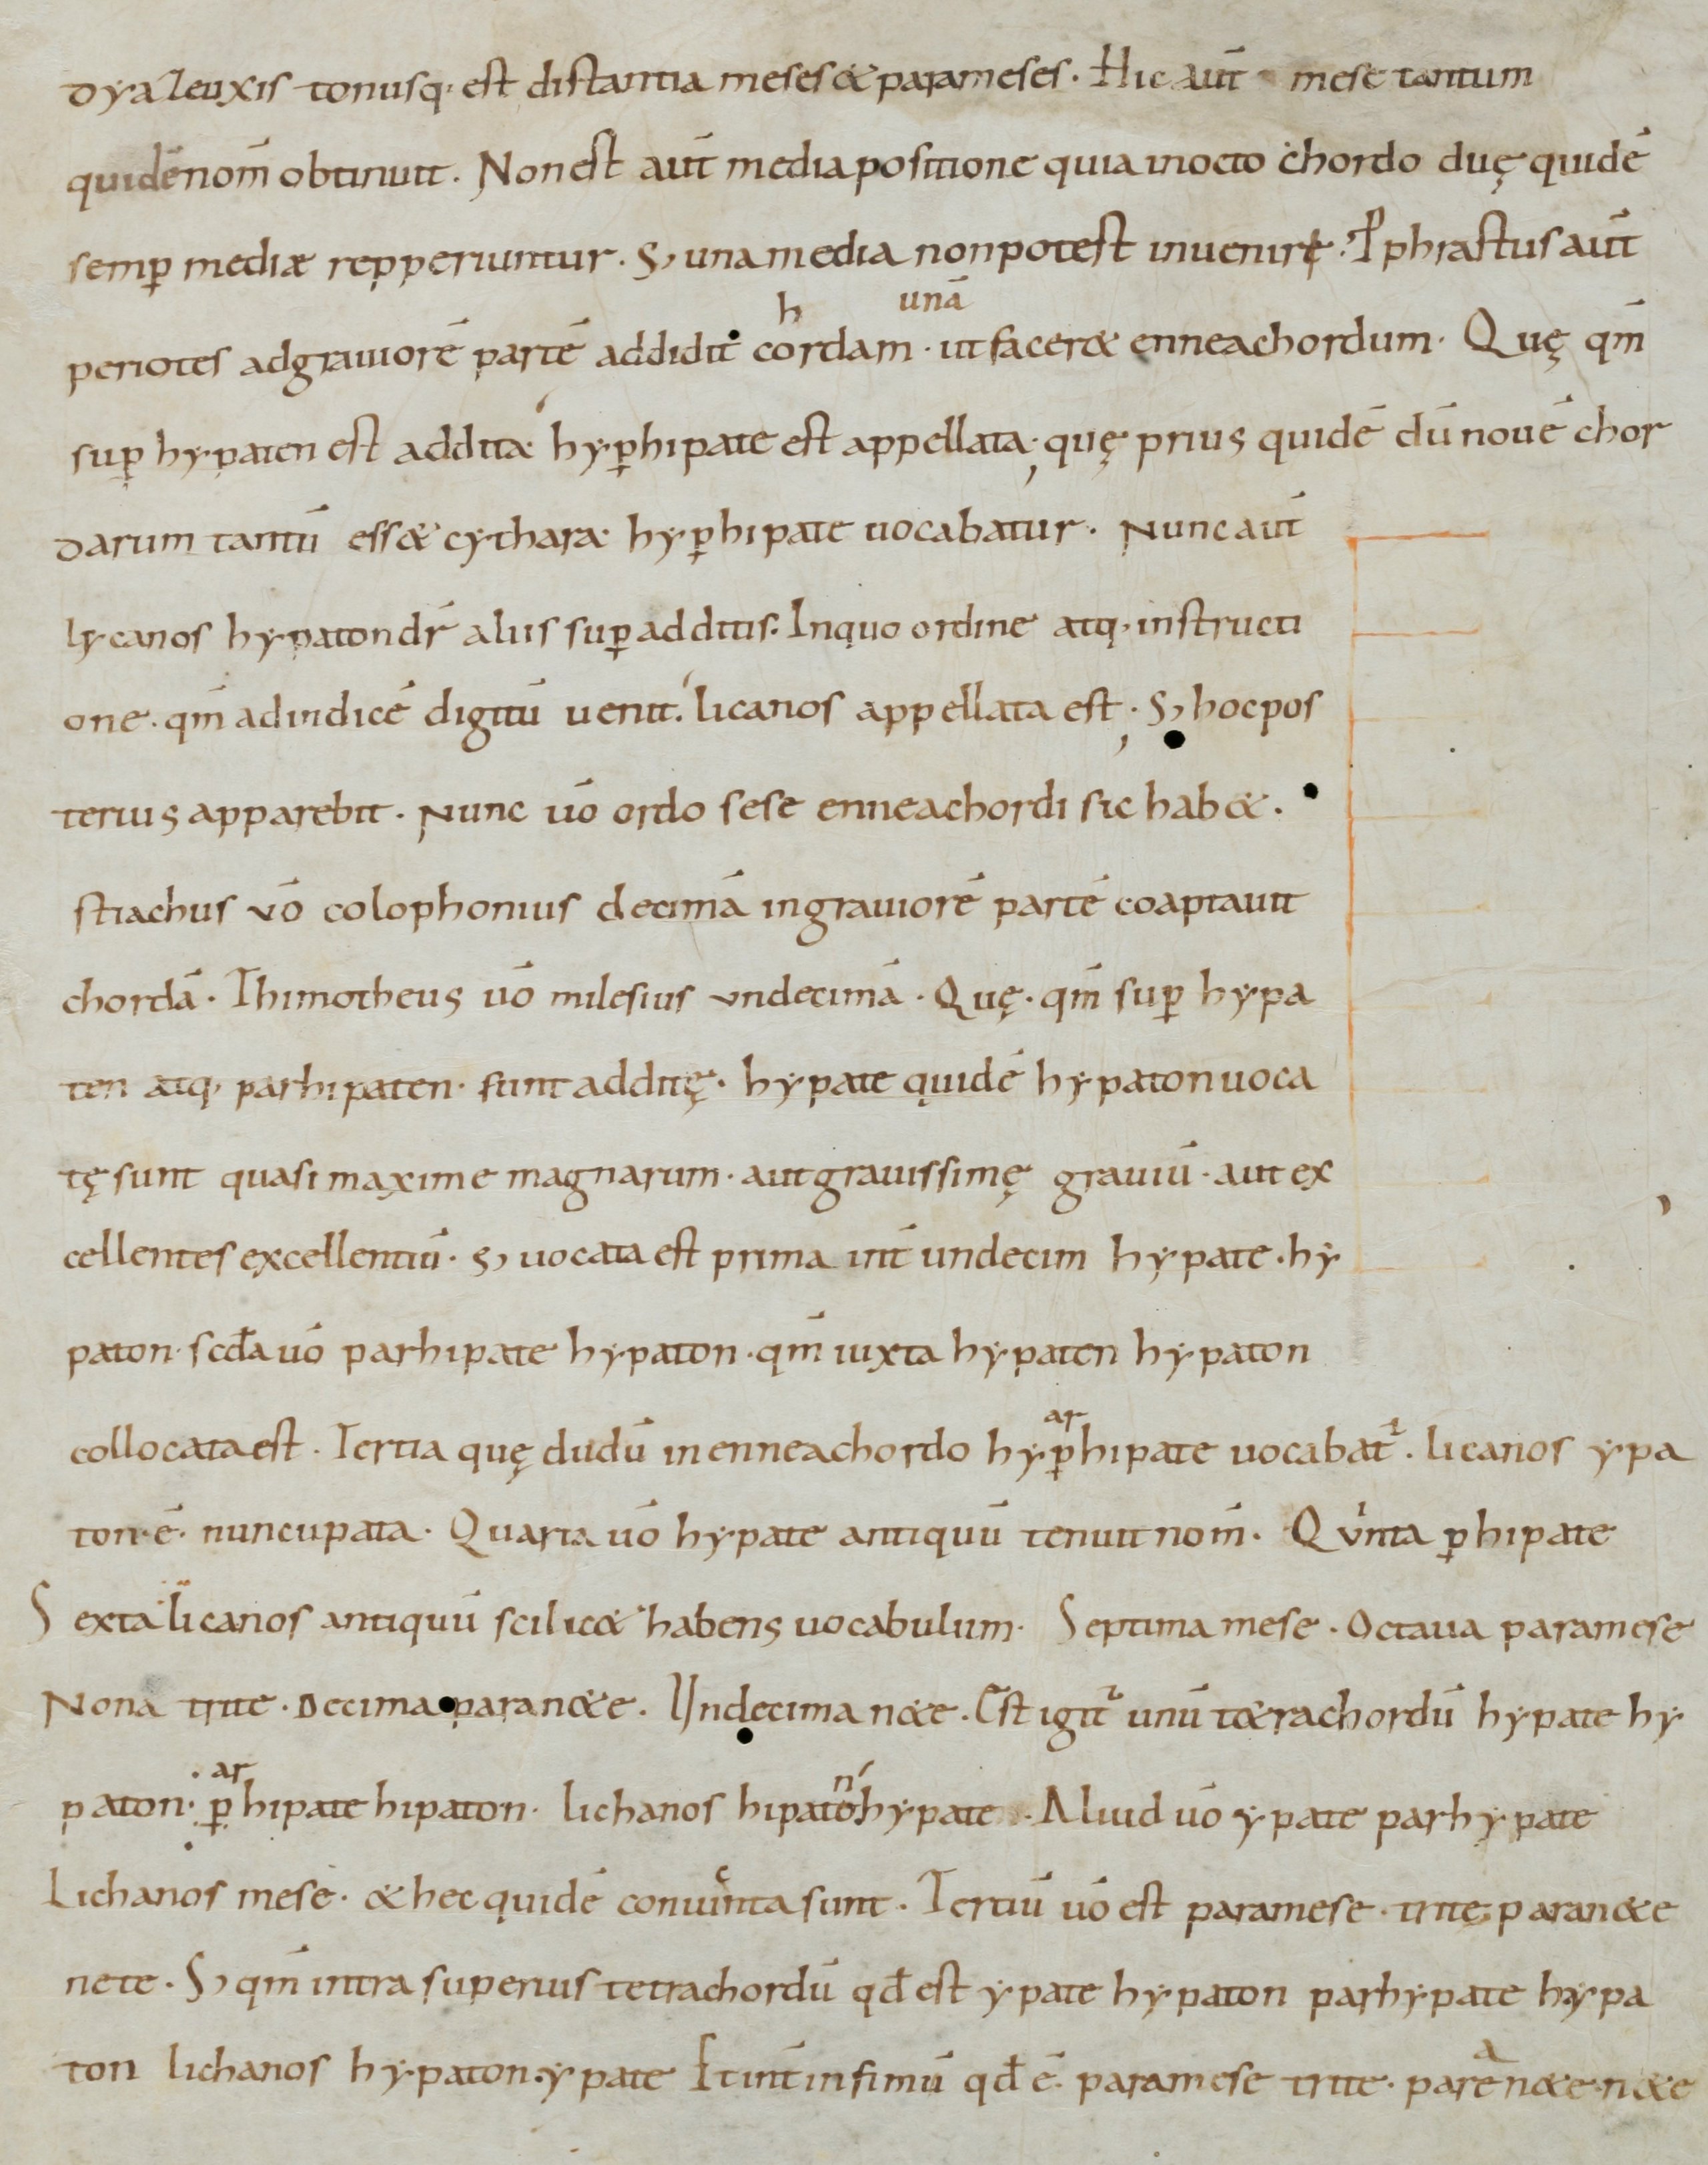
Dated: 965–975